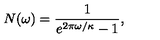
N ( \omega ) = \frac { 1 } { e ^ { 2 \pi \omega / \kappa } - 1 } ,